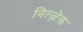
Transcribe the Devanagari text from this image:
नित्ज़ेक